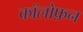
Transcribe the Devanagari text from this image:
कॉलोफ़न